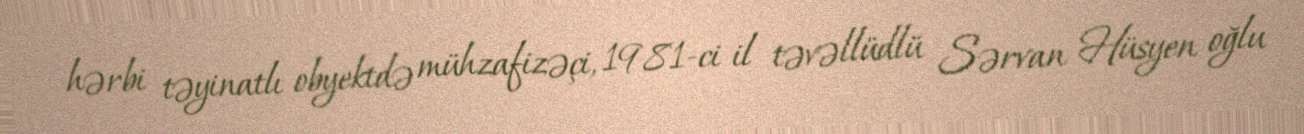
hərbi təyinatlı obyektdə mühzafizəçi, 1981-ci il təvəllüdlü Sərvan Hüsyen oğlu